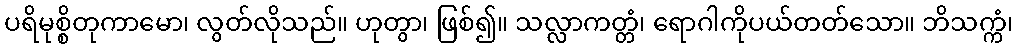
ပရိမုစ္စိတုကာမော၊ လွတ်လိုသည်။ ဟုတွာ၊ ဖြစ်၍။ သလ္လာကတ္တံ၊ ရောဂါကိုပယ်တတ်သော။ ဘိသက္ကံ၊